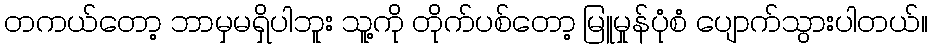
တကယ်တော့ ဘာမှမရှိပါဘူး သူ့ကို တိုက်ပစ်တော့ မြူမှုန်ပုံစံ ပျောက်သွားပါတယ်။